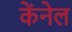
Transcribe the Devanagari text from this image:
केंनेल